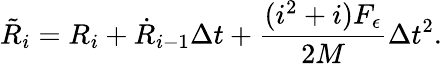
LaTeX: \tilde{R}_{i}=R_{i}+\dot{R}_{i-1}\Delta t+\frac{(i^{2}+i){F_{\epsilon}}}{2M}\Delta t^{2}.